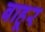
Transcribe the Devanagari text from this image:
बाहूर